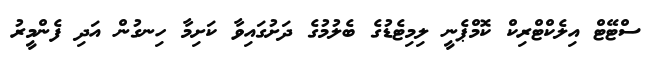
ސްޓޭޓް އިލެކްޓްރިކް ކޮމްޕެނީ ލިމިޓެޑުގެ ބެލުމުގެ ދަށުގައިވާ ކަށިމާ ހިނގުން އަދި ފެންމީރު